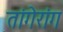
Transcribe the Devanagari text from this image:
तांगेरांग